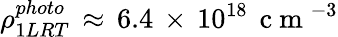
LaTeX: \rho_{1LRT}^{photo}\, \approx\, 6.4\, \times\, 10^{18}\, \mathrm{~c~m~}^{-3}